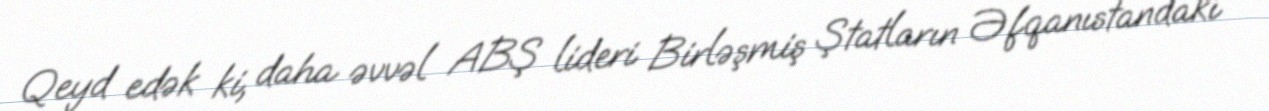
Qeyd edək ki, daha əvvəl ABŞ lideri Birləşmiş Ştatların Əfqanıstandakı